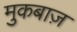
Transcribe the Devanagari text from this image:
मुकबाज़